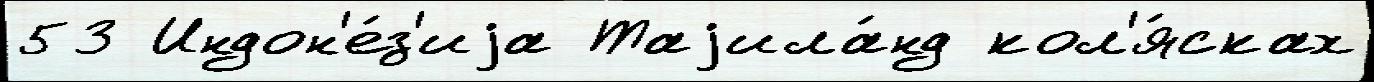
53 Индон'е́з'иjа Таjила́нд кол'я́сках